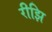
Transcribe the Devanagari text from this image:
रीझि